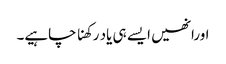
اورانھیں ایسے ہی یاد رکھنا چاہیے۔